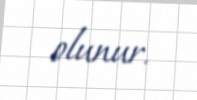
olunur.